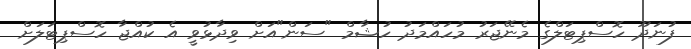
ފުނަދޫ ހޮސްޕިޓަލްގެ މެނޭޖަރު މުހައްމަދު ހުޝާމް "ސަން"އަށް ވިދާޅުވީ އެ ކުއްޖާ ހޮސްޕިޓަލަށް